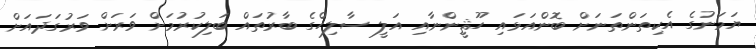
ޔަމަނުގެ އެކިތަންތަނަށް ބޮންއަޅައި ހޫޘީންނާއި އަލީ ސާލިހްގެ ބާރުތައް ބަލިކުރުމަށް ވަރަށް ވަރުގަދައަށް